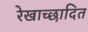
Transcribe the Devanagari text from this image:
रेखाच्छादित